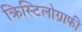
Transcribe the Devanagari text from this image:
क्रिस्टिलोग्राफी